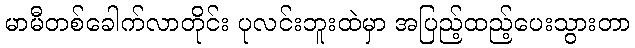
မာမီတစ်ခေါက်လာတိုင်း ပုလင်းဘူးထဲမှာ အပြည့်ထည့်ပေးသွားတာ